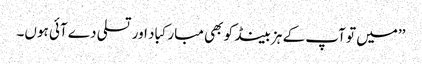
’’میں تو آپ کے ہزبینڈ کو بھی مبارکباد اور تسلی دے آئی ہوں۔